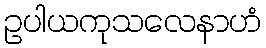
ဥပါယကုသလေနာဟံ